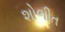
શોભીત